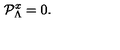
{ \cal P } _ { \Lambda } ^ { x } = 0 .